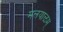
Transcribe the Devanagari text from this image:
मलयाळम्‌